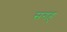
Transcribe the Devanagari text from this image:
सगह्